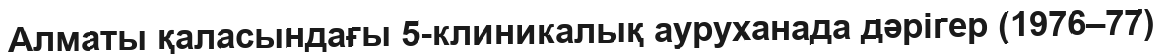
Алматы қаласындағы 5-клиникалық ауруханада дәрігер (1976–77)